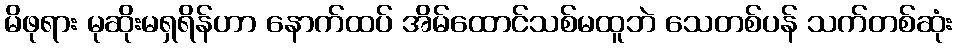
မိဖုရား မုဆိုးမရှရိန်ဟာ နောက်ထပ် အိမ်ထောင်သစ်မထူဘဲ သေတစ်ပန် သက်တစ်ဆုံး